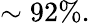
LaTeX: \sim 92\% .